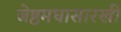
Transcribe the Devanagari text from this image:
जेष्ठमधासारखी